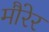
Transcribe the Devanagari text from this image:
मौरेर